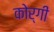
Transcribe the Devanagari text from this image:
कोर्गी